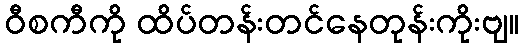
ဝီစကီကို ထိပ်တန်းတင်နေတုန်းကိုးဗျ။